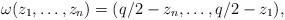
LaTeX: \begin{gather*}\omega(z_1,\dots,z_n) = (q/2-z_n,\dots,q/2-z_1),\end{gather*}